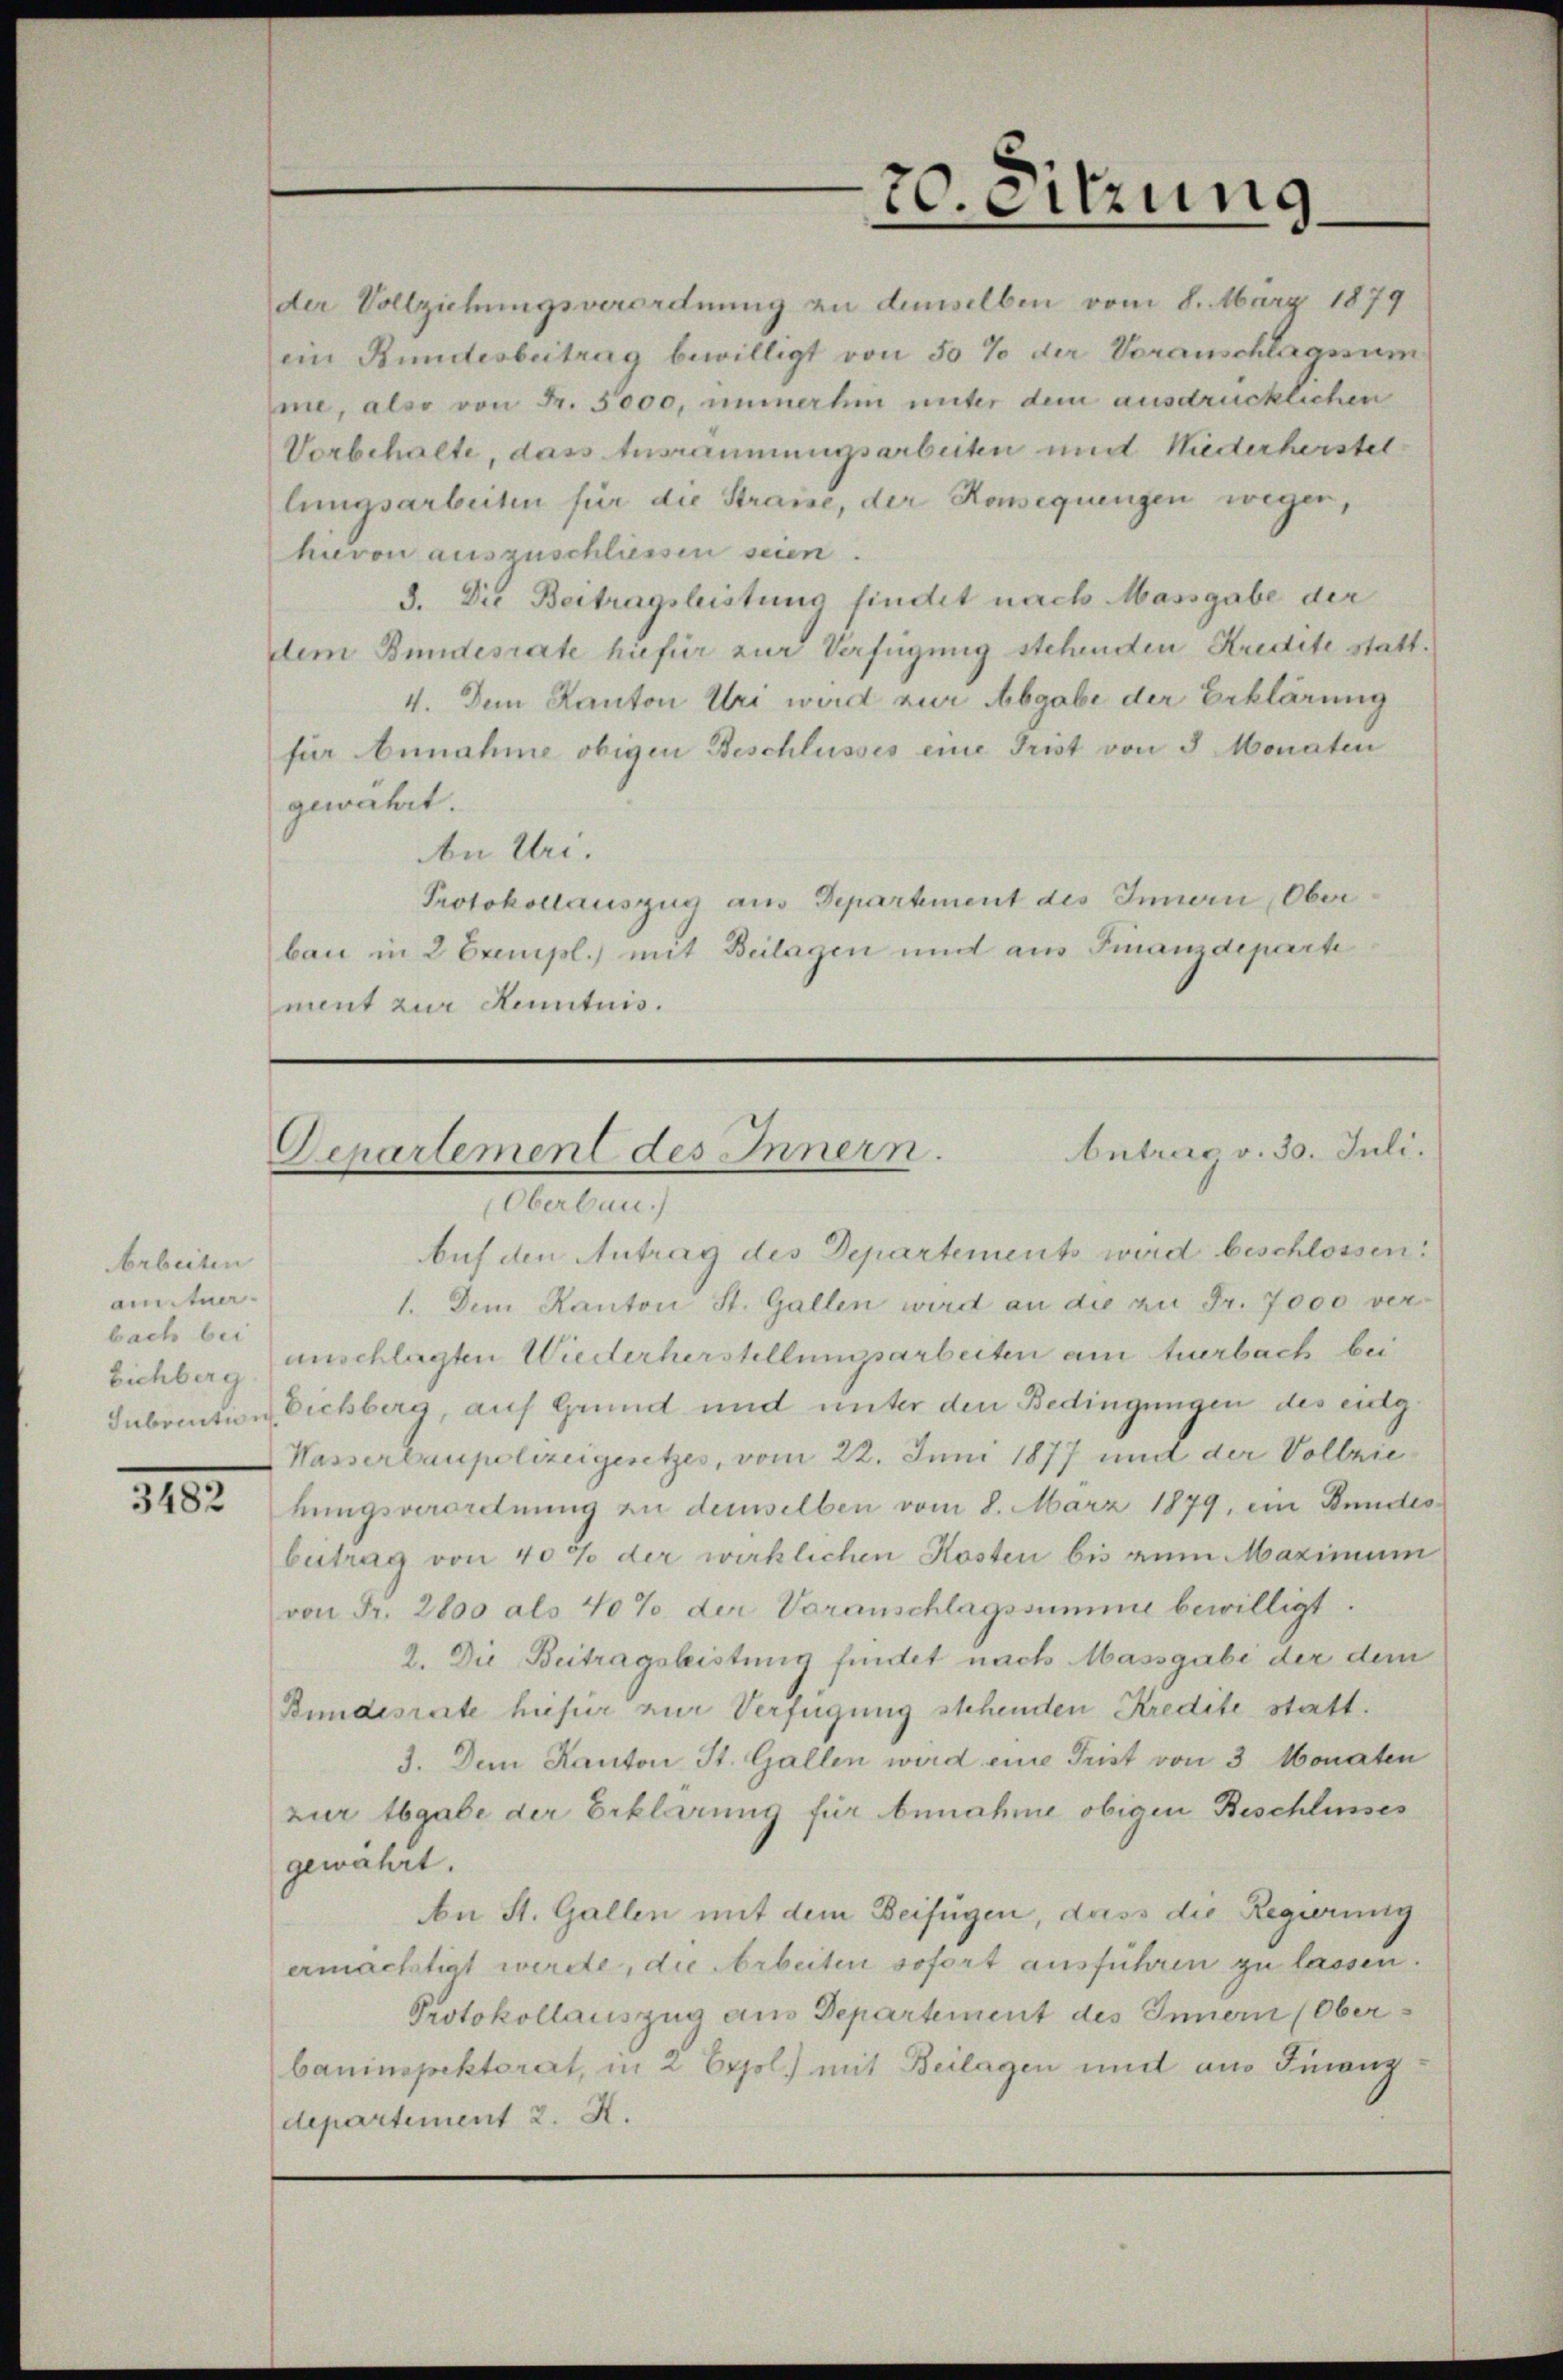
Arbeiten
aituer
bach bei

310.

20. Sitzung

der Vollziehungsverordnung zu demselben vom 8. März 1879
ein Bundesbeitrag bewilligt von 50 % der Voranschlagssum
me, also von Fr. 5000, immerhin unter dem ausdrücklichen
Vorbehalte, dass Ausräumungsarbeiten und Niederherstel
lungsarbeiten für die Strasse, der Konsequengen wegen,
hievon auszuschliessen seien.
3. Die Beitragsleistung findet nach Massgabe der
dem Bundesrate hiefür zur Verfügung stehenden Kredite statt¬
4. Dem Kanton Uri wird zur Abgabe der Erklärung
für Annahme obigen Beschlusses eine Trist von 3 Monaten
gewährt.
An Uri.
Protokollauszug aus Department des Innern Oberbau in 2 Exempl.) mit Beilagen und aus Finanzdeparte
ment zur Kenntnis.

Oberbau
Auf den Antrag des Departements wird beschlossen:
1. Dem Kanton St. Gallen wird an die zu Fr. 7000 ver¬
Eichberg anschlagten Wiederherstellungsarbeiten am tuerbach bei
Subvention Eichberg, auf Grund und unter den Bedingungen des eidg¬
Wasserbaupolizeigesetzes, vom 22. Juni 1877 und der Vollziekungsverordnung zu demselben vom 8. März 1879, ein Bundesbetrag von 40% der wirklichen Kosten bis zum Maximum
von Fr. 2800 als 40% der Voranschlagssumme bewilligt.
2. Die Beitragsleistung findet nach Massgabe der dem
Bundesrate hiefür zur Verfügung stehenden Kredite statt.
3. Dem Kanton St. Gallen wird eine Frist von 3 Monaten
zur Abgabe der Erklärung für benahme obigen Beschlieses
gewährt.
An St. Gallen mit dem Beifügen, dass die Regierung
ermächtigt werde, die Arbeiten sofort ausführen zu lassen.
Protokollauszug aus Departement des Innern (Oberbauinspektorat, in 2 Erjol.) mit Beilagen und am Finanz
departement 2. X.

Antrag v. 30. Juli.
Departement des Innern.